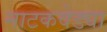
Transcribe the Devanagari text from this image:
नाटकवेड्या